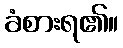
ခံစားရ၏။